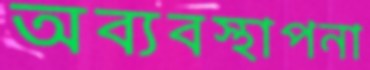
অব্যবস্থাপনা